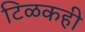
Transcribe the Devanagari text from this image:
टिळकही